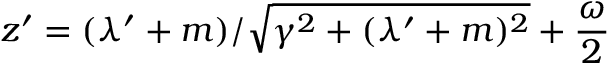
z ^ { \prime } = ( \lambda ^ { \prime } + m ) / \sqrt { \gamma ^ { 2 } + ( \lambda ^ { \prime } + m ) ^ { 2 } } + \frac { \omega } { 2 }